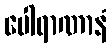
ပေါရာဏာနံ